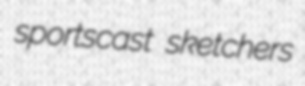
sportscast sketchers